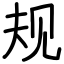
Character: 规